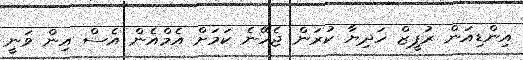
އިންޑިއަން ރުޕީޒް ހަދިޔާ ކުރަން ޖެހޭނެ ކަމަށް އެމްއެން އެސް އިން ވަނީ